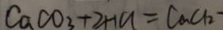
C a C O _ { 3 } + 2 H C l = C a C l _ { 2 }